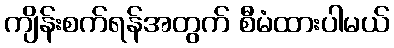
ကျိန်းစက်ရန်အတွက် စီမံထားပါမယ်